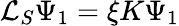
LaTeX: \mathcal{L}_{S}\Psi_{1}=\xi K\Psi_{1}